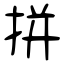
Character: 拼